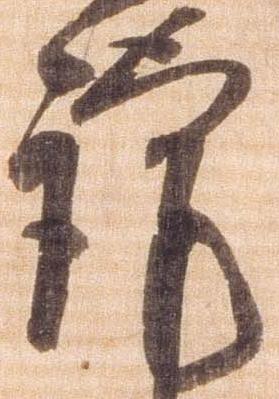
謹